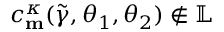
c _ { \mathbf { m } } ^ { \kappa } ( \widetilde { \gamma } , \theta _ { 1 } , \theta _ { 2 } ) \not \in \mathbb { L }